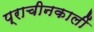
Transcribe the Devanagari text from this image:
प्राचीनकालीं